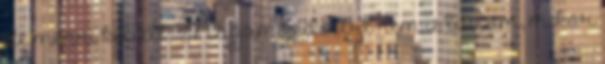
de menni kellett. Magam kedviért nem is tudom, mikor